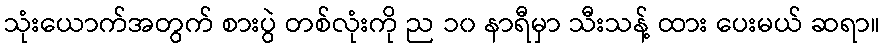
သုံးယောက်အတွက် စားပွဲ တစ်လုံးကို ည ၁၀ နာရီမှာ သီးသန့် ထား ပေးမယ် ဆရာ။